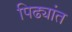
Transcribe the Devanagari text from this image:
पिढ्यांत